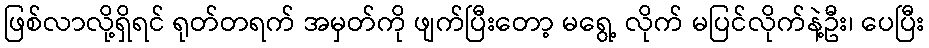
ဖြစ်လာလို့ရှိရင် ရုတ်တရက် အမှတ်ကို ဖျက်ပြီးတော့ မရွေ့ လိုက် မပြင်လိုက်နဲ့ဦး၊ ပေပြီး